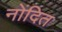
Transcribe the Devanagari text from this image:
नोंदित